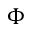
\Phi